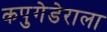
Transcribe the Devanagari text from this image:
कपुगेडेराला